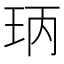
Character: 𤤝